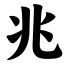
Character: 兆